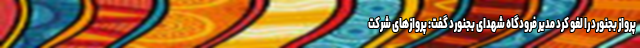
پرواز بجنورد را لغو کرد مدیر فرودگاه شهدای بجنورد گفت: پروازهای شرکت